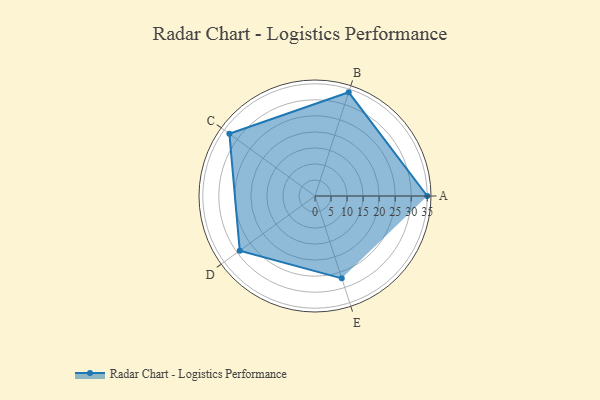
{"axis": {"x": "Skill", "y": "Score"}, "legend": ["Profile"], "data": [{"x": "A", "y": 35.0, "type": "Profile"}, {"x": "B", "y": 34.0, "type": "Profile"}, {"x": "C", "y": 33.0, "type": "Profile"}, {"x": "D", "y": 29.0, "type": "Profile"}, {"x": "E", "y": 27.0, "type": "Profile"}]}